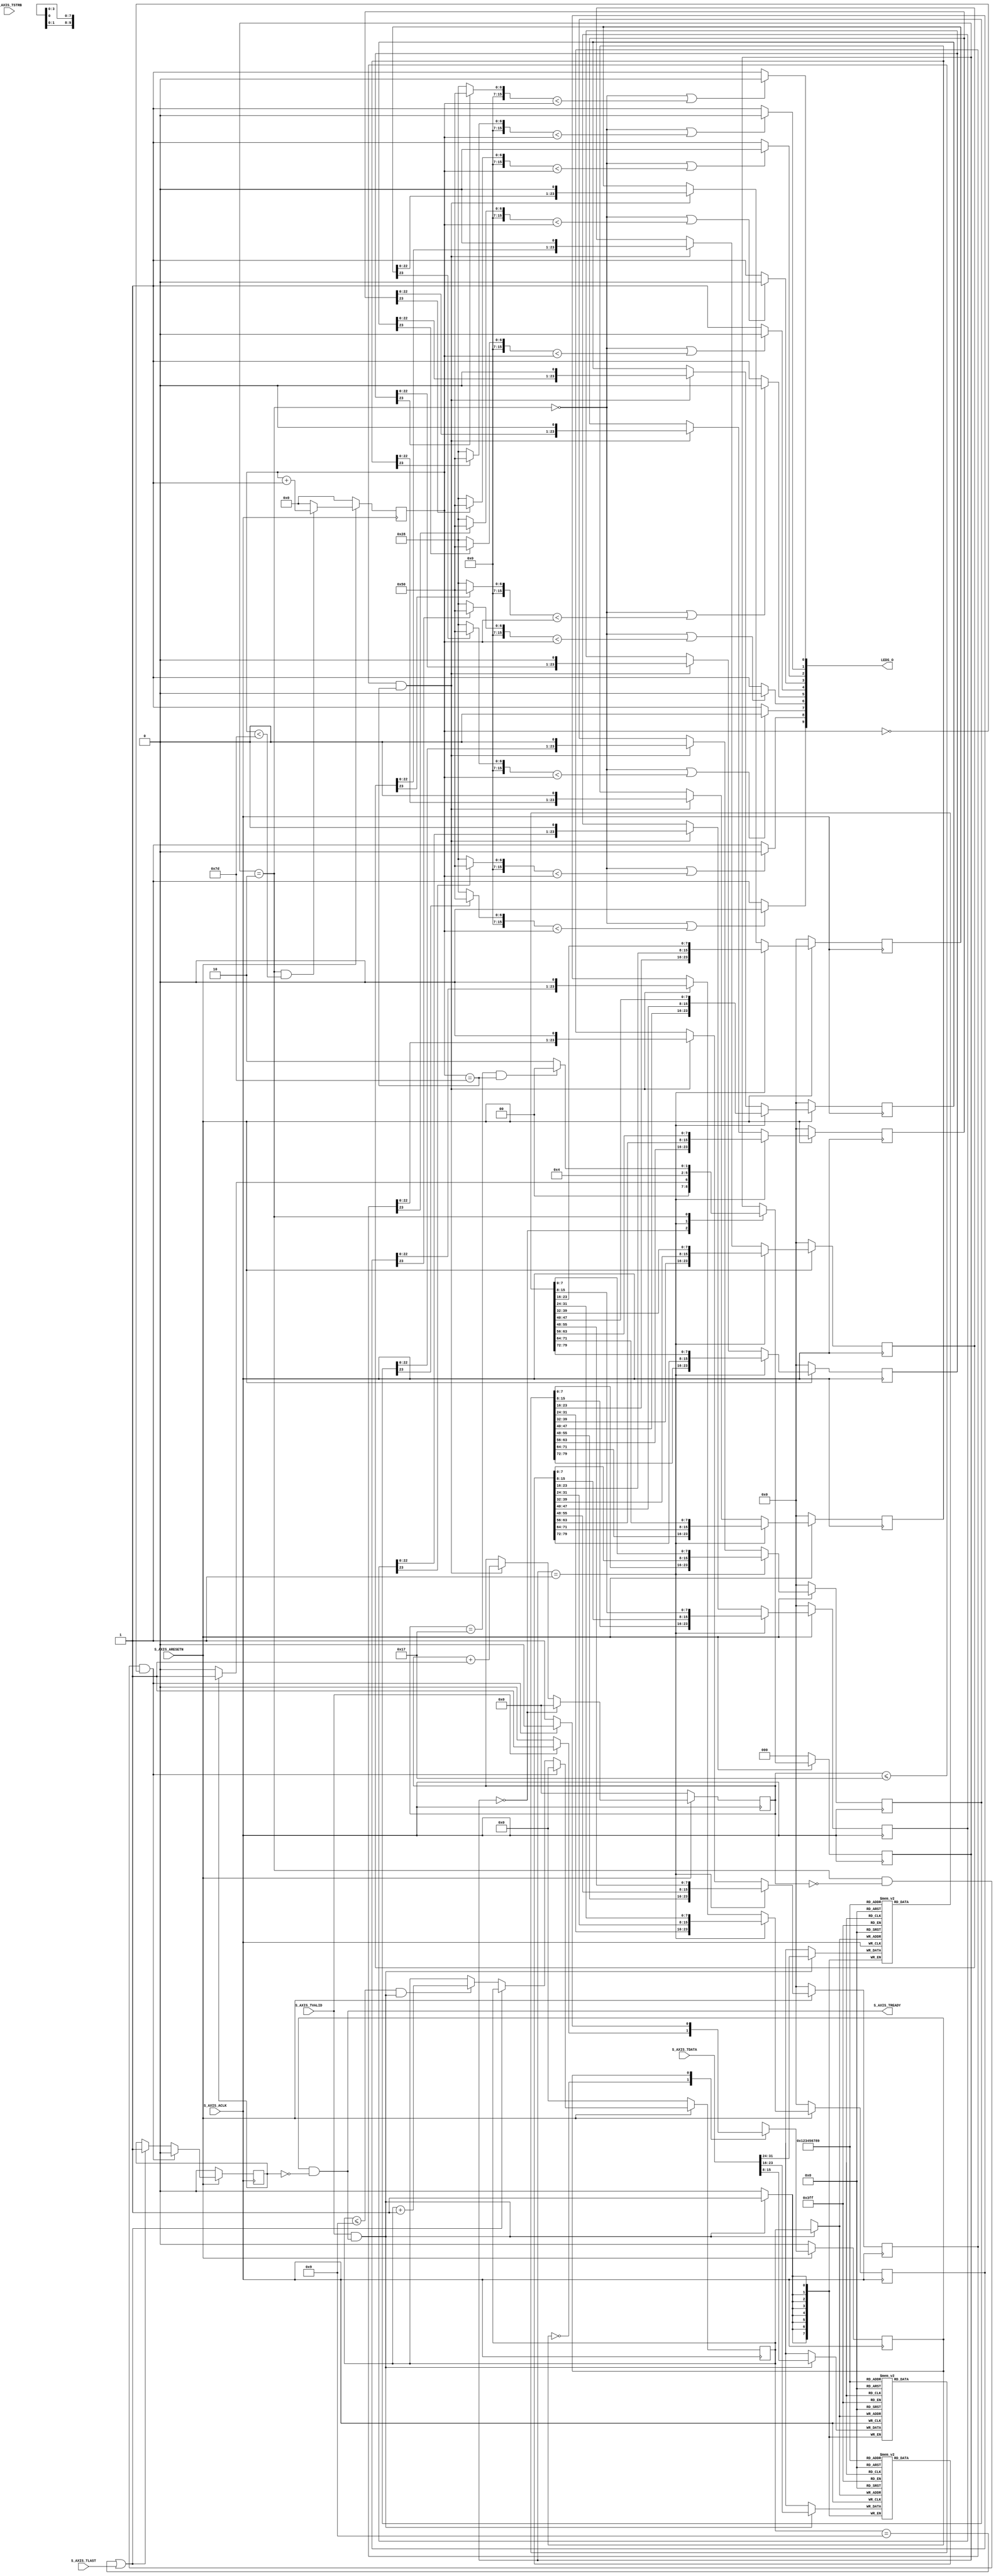

`timescale 1 ns / 1 ps

	module ledstream_v1_0_S00_AXIS #
	(
		// Users to add parameters here
		parameter integer PWM_COUNTER_MAX = 126,
		parameter integer PWM_COUNTER_H1 = 80,
		parameter integer PWM_COUNTER_H0 = 40,
		parameter integer LED_NUM_BITS = 24,
		parameter integer LED_NUM_CHANNELS = 10,
		// User parameters ends
		// Do not modify the parameters beyond this line

		// AXI4Stream sink: Data Width
		parameter integer C_S_AXIS_TDATA_WIDTH	= 32
	)
	(
		// Users to add ports here
		// LED data
		output wire [LED_NUM_CHANNELS-1 : 0] LEDS_O,
		// User ports ends
		// Do not modify the ports beyond this line

		// AXI4Stream sink: Clock
		input wire  S_AXIS_ACLK,
		// AXI4Stream sink: Reset
		input wire  S_AXIS_ARESETN,
		// Ready to accept data in
		output wire  S_AXIS_TREADY,
		// Data in
		input wire [C_S_AXIS_TDATA_WIDTH-1 : 0] S_AXIS_TDATA,
		// Byte qualifier
		input wire [(C_S_AXIS_TDATA_WIDTH/8)-1 : 0] S_AXIS_TSTRB,
		// Indicates boundary of last packet
		input wire  S_AXIS_TLAST,
		// Data is in valid
		input wire  S_AXIS_TVALID
	);
	// function called clogb2 that returns an integer which has the 
	// value of the ceiling of the log base 2.
	function integer clogb2 (input integer bit_depth);
	  begin
	    for(clogb2=0; bit_depth>0; clogb2=clogb2+1)
	      bit_depth = bit_depth >> 1;
	  end
	endfunction

	// Total number of input data.
	localparam NUMBER_OF_INPUT_WORDS  = LED_NUM_CHANNELS;
	// bit_num gives the minimum number of bits needed to address 'NUMBER_OF_INPUT_WORDS' size of FIFO.
	localparam bit_num  = clogb2(NUMBER_OF_INPUT_WORDS-1);
	// Define the states of state machine
	// The control state machine oversees the writing of input streaming data to the FIFO,
	// and outputs the streaming data from the FIFO
	parameter [1:0] IDLE = 1'b0,        // This is the initial/idle state 

	                WRITE_FIFO  = 1'b1; // In this state FIFO is written with the
	                                    // input stream data S_AXIS_TDATA 
	wire  	axis_tready;
	// State variable
	reg mst_exec_state;  
	// FIFO implementation signals
	genvar byte_index;     
	// FIFO write enable
	wire fifo_wren;
	// FIFO full flag
	reg fifo_full_flag;
	// FIFO write pointer
	reg [bit_num-1:0] write_pointer;
	// sink has accepted all the streaming data and stored in FIFO
	  reg writes_done;
	// I/O Connections assignments
	
	wire leds_begin;
	wire leds_running;

	assign S_AXIS_TREADY	= axis_tready;
	// Control state machine implementation
	always @(posedge S_AXIS_ACLK) 
	begin  
	  if (!S_AXIS_ARESETN) 
	  // Synchronous reset (active low)
	    begin
	      mst_exec_state <= IDLE;
	    end  
	  else
	    case (mst_exec_state)
	      IDLE: 
	        // The sink starts accepting tdata when 
	        // there tvalid is asserted to mark the
	        // presence of valid streaming data 
	          if (S_AXIS_TVALID)
	            begin
	              mst_exec_state <= WRITE_FIFO;
	            end
	          else
	            begin
	              mst_exec_state <= IDLE;
	            end
	      WRITE_FIFO: 
	        // When the sink has accepted all the streaming input data,
	        // the interface swiches functionality to a streaming master
	        if (leds_begin)
	          begin
	            mst_exec_state <= IDLE;
	          end
	        else
	          begin
	            // The sink accepts and stores tdata 
	            // into FIFO
	            mst_exec_state <= WRITE_FIFO;
	          end

	    endcase
	end
	// AXI Streaming Sink 
	// 
	// The example design sink is always ready to accept the S_AXIS_TDATA  until
	// the FIFO is not filled with NUMBER_OF_INPUT_WORDS number of input words.
	assign axis_tready = ((mst_exec_state == WRITE_FIFO) && (!writes_done));

	always@(posedge S_AXIS_ACLK)
	begin
	  if(!S_AXIS_ARESETN)
	    begin
	      write_pointer <= 0;
	      writes_done <= 1'b0;
	    end  
	  else
	  if (leds_begin) begin
	       // start reading new data once the received data is latched in
	       write_pointer <= 0;
	       writes_done <= 1'b0;
	  end
	  else
	   if ((write_pointer == NUMBER_OF_INPUT_WORDS-1)|| S_AXIS_TLAST)
        begin
          // reads_done is asserted when NUMBER_OF_INPUT_WORDS numbers of streaming data 
          // has been written to the FIFO which is also marked by S_AXIS_TLAST(kept for optional usage).
          writes_done <= 1'b1;
        end
	    else if ((write_pointer <= NUMBER_OF_INPUT_WORDS-1) && fifo_wren)
	      begin
            // write pointer is incremented after every write to the FIFO
            // when FIFO write signal is enabled.
            write_pointer <= write_pointer + 1;
	      end  
	end

	// FIFO write enable generation
	assign fifo_wren = S_AXIS_TVALID && axis_tready;

	// FIFO Implementation
	generate 
	  for(byte_index=0; byte_index<= (C_S_AXIS_TDATA_WIDTH/8-1); byte_index=byte_index+1)
	  begin:FIFO_GEN

	    reg  [(C_S_AXIS_TDATA_WIDTH/4)-1:0] stream_data_fifo [0 : NUMBER_OF_INPUT_WORDS-1];

	    // Streaming input data is stored in FIFO

	    always @( posedge S_AXIS_ACLK )
	    begin
	      if (fifo_wren)// && S_AXIS_TSTRB[byte_index])
	        begin
	          stream_data_fifo[write_pointer] <= S_AXIS_TDATA[(byte_index*8+7) -: 8];
	        end  
	    end  
	  end		
	endgenerate

	// Add user logic here
    parameter [1:0] LED_IDLE = 2'b00,        // This is the initial/idle state 
                LED_DATA_READY  = 2'b01,
                LED_RUN = 2'b10; 
	
	wire [LED_NUM_CHANNELS-1 : 0] o_leds;
	
	reg [6 : 0] bit_counter;
	reg [15 : 0] counter;
	
	reg [2 : 0] led_exec_state;
	
	reg [LED_NUM_BITS-1 : 0] srled[0 : LED_NUM_CHANNELS-1];
	
	wire [15 : 0] per[0 : LED_NUM_CHANNELS-1];
	
	wire [LED_NUM_BITS-1 : 0] d[0 : LED_NUM_CHANNELS-1];
	
	assign LEDS_O = o_leds;
	
	wire bshift;
	wire leds_done;
	
	assign leds_running = (led_exec_state == LED_RUN);
	
	// output is assigned based on the pwm counter value
	genvar i;
    generate
        for (i=0; i < LED_NUM_CHANNELS; i=i+1) begin
            assign o_leds[i] = (!leds_running || (per[i] < counter)) ? 1'b0 : 1'b1;
            // period is always assigned based on the top bit
            assign per[i] = ( srled[i][LED_NUM_BITS-1] ? PWM_COUNTER_H1 : PWM_COUNTER_H0 );
            assign d[i] = {FIFO_GEN[1].stream_data_fifo[i], FIFO_GEN[2].stream_data_fifo[i], FIFO_GEN[3].stream_data_fifo[i]};
        end
    endgenerate
	
	// master LED state machine
    always @(posedge S_AXIS_ACLK) 
	begin  
	  if (!S_AXIS_ARESETN) 
	  // Synchronous reset (active low)
	    begin
	      led_exec_state <= LED_IDLE;
	    end  
	  else
	    case (led_exec_state)
	      LED_IDLE: 
	        // run leds when we have enough data
	          if (writes_done)
	            begin
	              led_exec_state <= LED_DATA_READY;
	            end
	          else
	            begin
	              led_exec_state <= LED_IDLE;
	            end
	      LED_DATA_READY:
	            led_exec_state <= LED_RUN;
	      LED_RUN: 
	        if (leds_done)
	          begin
	            led_exec_state <= LED_IDLE;
	          end
	        else
	          begin
	            led_exec_state <= LED_RUN;
	          end
	    endcase
	end
    
    assign leds_begin = ((led_exec_state == LED_RUN) && (bit_counter == 0) && (counter == 0));
    assign bshift = (bit_counter <= LED_NUM_BITS-1) && (counter == PWM_COUNTER_MAX-1);
    assign leds_done = (bit_counter == LED_NUM_BITS-1) && (counter == PWM_COUNTER_MAX-1);
    
    // shift register loading
    generate
        for (i=0; i < LED_NUM_CHANNELS; i=i+1) begin
                always @(posedge S_AXIS_ACLK) begin
    	if(!S_AXIS_ARESETN) begin
	      srled[i] <= 0;
	    end  
	    else
	      if (led_exec_state == LED_DATA_READY) begin
	       // get data from fifo
            srled[i] <= d[i];
	      end
	      else if (bshift) begin
	           srled[i] = srled[i] << 1;
	       end
        end
        end
    endgenerate
    
    // shift counter
	always@(posedge S_AXIS_ACLK)
	begin
	  if(!S_AXIS_ARESETN)
	    begin
	      bit_counter <= 0;
	    end  
	  else
	    if (led_exec_state == LED_IDLE) begin
	       bit_counter <= 0;
	    end
	    else if (bshift)  begin
	       bit_counter <= bit_counter + 1;
	    end  
	end
    
    // the actual pwm counter
    always @(posedge S_AXIS_ACLK) begin
    	if(!S_AXIS_ARESETN) begin
	      counter <= 0;
	    end  
	    else begin
            if(leds_running && (counter < PWM_COUNTER_MAX-1) )
                counter <= counter + 1;
            else
                counter <= 0;
        end
    end
	// User logic ends

	endmodule